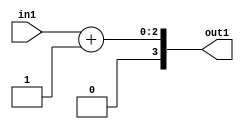
`timescale 1ps / 1ps
/*****************************************************************************
    Verilog RTL Description
    
    
    Created by: Stratus DpOpt 2019.1.01 
*******************************************************************************/

module SobelFilter_Add2i1u2_4 (
	in1,
	out1
	); /* architecture "behavioural" */ 
input [1:0] in1;
output [3:0] out1;
wire [3:0] asc001;

assign asc001 = 
	+(in1)
	+(4'B0001);

assign out1 = asc001;
endmodule

/* CADENCE  urf4TAg= : u9/ySgnWtBlWxVPRXgAZ4Og= ** DO NOT EDIT THIS LINE ******/